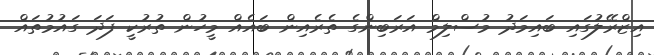
އިޒްރޭލުގައި ބައިމަދު މުސްލިމް އަރަބިންގެ ތެރެއިން ބައެއް މީހުން ތުރުކީ ފަދަ ގައުމުތައް